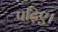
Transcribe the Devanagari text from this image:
पढ़िए।